Annual report of the Punjab Veterinary College and of the Civil Veterinary Department, Punjab - 1909-1919
Year: 1909
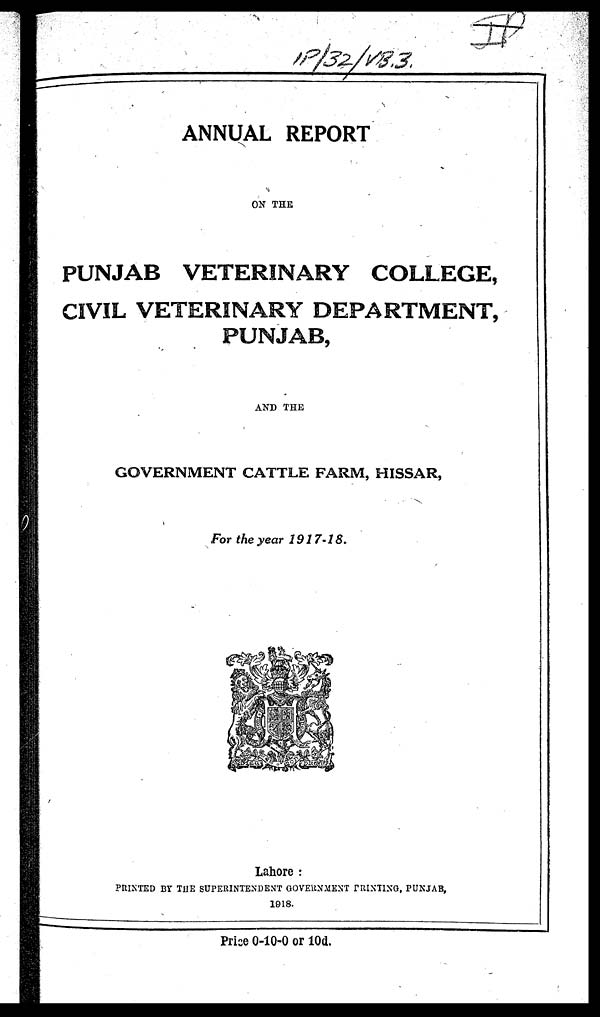
ANNUAL REPORT
ON THE
PUNJAB VETERINARY COLLEGE,
CIVIL VETERINARY DEPARTMENT,
PUNJAB,
AND THE
GOVERNMENT CATTLE FARM, HISSAR,
For the year 1917-18.
Lahore :
PRINTED BY THE SUPERINTENDENT GOVERNMENT PRINTING, PUNJAB,
1918.
Price 0-10-0 or 10d.